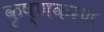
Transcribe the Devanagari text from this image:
कृष्णकरण